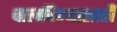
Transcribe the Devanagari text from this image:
चालविण्‍यासाठी